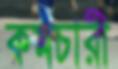
কমচারী